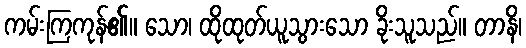
ကမ်းကြကုန်၏။ သော၊ ထိုထုတ်ယူသွားသော ခိုးသူသည်။ တာနိ၊